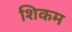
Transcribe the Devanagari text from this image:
शिकम